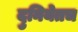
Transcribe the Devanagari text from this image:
दुनियेतच